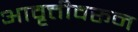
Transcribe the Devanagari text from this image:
आवृत्तीवरून